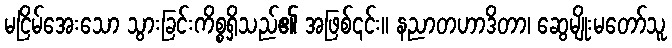
မငြိမ်အေးသော သွားခြင်းကိစ္စရှိသည်၏ အဖြစ်၎င်း။ နညာတဟာဒိတာ၊ ဆွေမျိုးမတော်သူ